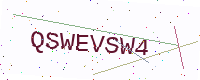
Text: QSWEVSW4